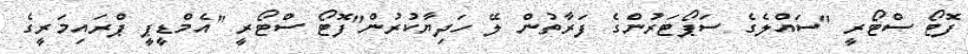
ފޮޓޯ ސްޓޯރީ "ސައްލެގެ ސަޕޯޓަރުންގެ ފަރާތުން ލޭ ހަދިޔާކުރުން"ފޮޓޯ ސްޓޯރީ "އެމްޑީޕީ ޕްރައިމަރީގެ